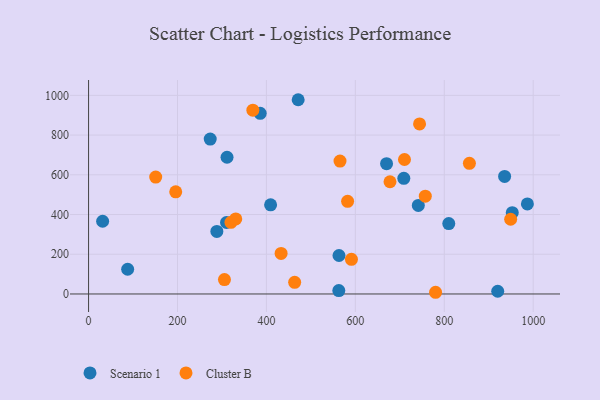
{"axis": {"x": "Investment", "y": "Salary"}, "legend": ["Cluster B", "Scenario 1"], "data": [{"x": "670.2", "y": 656.1, "type": "Scenario 1"}, {"x": "273.6", "y": 779.9, "type": "Scenario 1"}, {"x": "471.4", "y": 978.0, "type": "Scenario 1"}, {"x": "31.6", "y": 366.1, "type": "Scenario 1"}, {"x": "87.9", "y": 124.4, "type": "Scenario 1"}, {"x": "986.9", "y": 453.3, "type": "Scenario 1"}, {"x": "920.2", "y": 13.7, "type": "Scenario 1"}, {"x": "386.0", "y": 909.5, "type": "Scenario 1"}, {"x": "310.2", "y": 359.9, "type": "Scenario 1"}, {"x": "935.7", "y": 592.0, "type": "Scenario 1"}, {"x": "409.4", "y": 448.7, "type": "Scenario 1"}, {"x": "562.8", "y": 17.1, "type": "Scenario 1"}, {"x": "311.4", "y": 688.3, "type": "Scenario 1"}, {"x": "288.5", "y": 314.9, "type": "Scenario 1"}, {"x": "709.0", "y": 582.1, "type": "Scenario 1"}, {"x": "563.2", "y": 193.8, "type": "Scenario 1"}, {"x": "952.9", "y": 409.2, "type": "Scenario 1"}, {"x": "741.6", "y": 445.7, "type": "Scenario 1"}, {"x": "810.1", "y": 354.3, "type": "Scenario 1"}, {"x": "591.2", "y": 174.6, "type": "Cluster B"}, {"x": "196.0", "y": 514.4, "type": "Cluster B"}, {"x": "320.2", "y": 361.0, "type": "Cluster B"}, {"x": "677.9", "y": 565.1, "type": "Cluster B"}, {"x": "780.4", "y": 8.6, "type": "Cluster B"}, {"x": "565.5", "y": 669.2, "type": "Cluster B"}, {"x": "463.5", "y": 58.9, "type": "Cluster B"}, {"x": "744.4", "y": 856.0, "type": "Cluster B"}, {"x": "433.0", "y": 204.2, "type": "Cluster B"}, {"x": "305.6", "y": 72.4, "type": "Cluster B"}, {"x": "369.5", "y": 925.6, "type": "Cluster B"}, {"x": "856.5", "y": 657.9, "type": "Cluster B"}, {"x": "331.0", "y": 377.7, "type": "Cluster B"}, {"x": "710.5", "y": 677.1, "type": "Cluster B"}, {"x": "582.6", "y": 466.7, "type": "Cluster B"}, {"x": "757.3", "y": 492.5, "type": "Cluster B"}, {"x": "949.3", "y": 376.2, "type": "Cluster B"}, {"x": "151.0", "y": 588.6, "type": "Cluster B"}]}